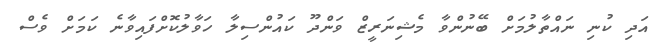
އަދި ކުނި ނައްތާލުމަށް ބޭނުންވާ މެޝިނަރީޒް ވަންދޫ ކައުންސިލާ ހަވާލުކޮށްފައިވާނެ ކަމަަށް ވެސް